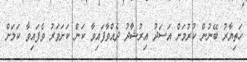
ހަތިޔާރު ބޭނުން ކުރުމަށް އަސަދު އިރުޝާދު ދެއްވާފައިވާ ކަން ކަށަވަރު ވެފައިވާ ކަމަށް